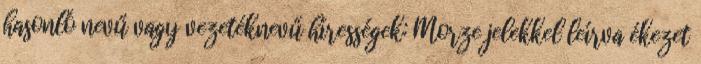
hasonló nevű vagy vezetéknevű hírességek: Morze jelekkel leírva ékezet